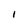
Character: I